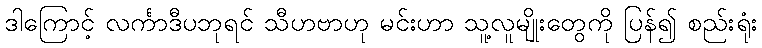
ဒါကြောင့် လင်္ကာဒီပဘုရင် သီဟဗာဟု မင်းဟာ သူ့လူမျိုးတွေကို ပြန်၍ စည်းရုံး